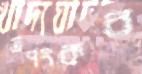
তপংকর